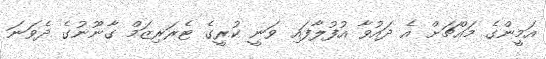
އަމީންގެ މައްޗަށް އެ ދައުވާ އުފުލާފައި ވަނީ ކުރީގެ ޓެރަރިޒަމް ގާނޫނުގެ ދެވަނަ